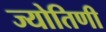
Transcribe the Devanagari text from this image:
ज्योतिणी